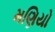
મણિયો